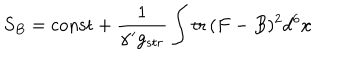
S _ { B } = \mathrm { c o n s t } + { \frac { 1 } { \alpha ^ { \prime } g _ { s t r } } } \int \mathrm { t r } \, ( F - B ) ^ { 2 } d ^ { 6 } x